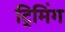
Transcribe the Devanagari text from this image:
ट्रिमिंग